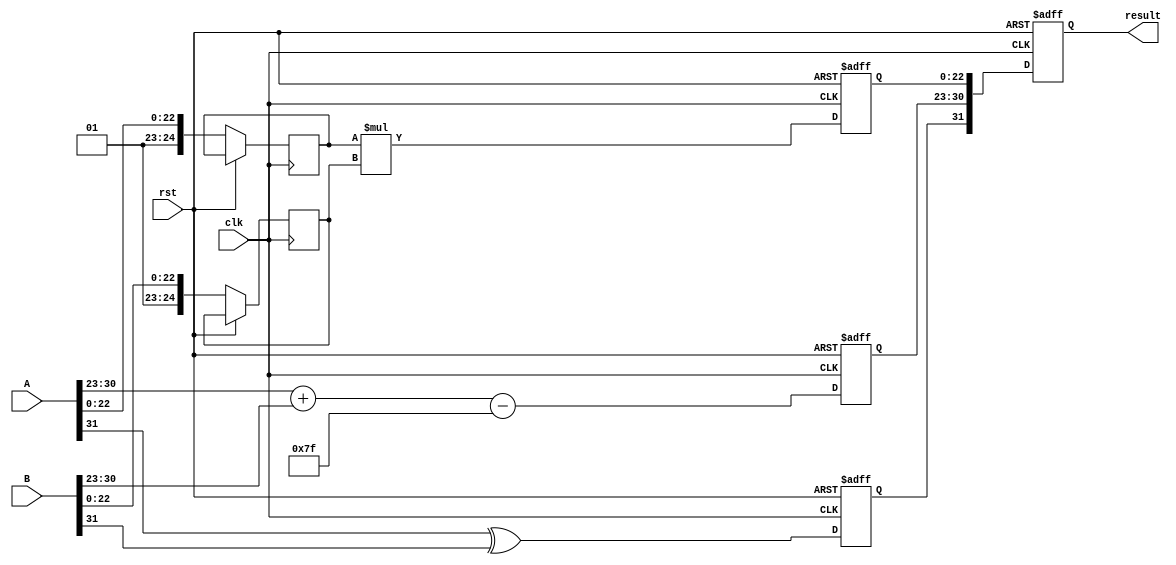
module radix4_fp_multiplier #(
    parameter E = 8, // Exponent bits
    parameter M = 23, // Mantissa bits
    parameter BIAS = 127 // Bias for single precision
)(
    input wire clk,
    input wire rst,
    input wire [E + M + 1 - 1:0] A, // A: sign, exponent, mantissa
    input wire [E + M + 1 - 1:0] B, // B: sign, exponent, mantissa
    output reg [E + M + 1 - 1:0] result // result: sign, exponent, mantissa
);

    // Decomposing inputs
    wire sign_A = A[E + M]; // Sign bit of A
    wire [E - 1:0] exponent_A = A[E + M - 1:E + M - E]; // Exponent of A
    wire [M - 1:0] mantissa_A = A[M - 1:0]; // Mantissa of A

    wire sign_B = B[E + M]; // Sign bit of B
    wire [E - 1:0] exponent_B = B[E + M - 1:E + M - E]; // Exponent of B
    wire [M - 1:0] mantissa_B = B[M - 1:0]; // Mantissa of B

    // Intermediate wires
    reg sign_result;
    reg [E - 1:0] exponent_result;
    reg [2 * M:0] mantissa_result; // 2*M for potential overflow

    // Sign Calculation
    always @(posedge clk or posedge rst) begin
        if (rst) begin
            sign_result <= 0;
        end else begin
            sign_result <= sign_A ^ sign_B;
        end
    end

    // Exponent Calculation
    always @(posedge clk or posedge rst) begin
        if (rst) begin
            exponent_result <= 0;
        end else begin
            exponent_result <= (exponent_A + exponent_B) - BIAS;
        end
    end

    // Mantissa Calculation using Radix-4
    reg [M + 1:0] mantissa_A_ext; // Extend mantissa_A for normalization
    reg [M + 1:0] mantissa_B_ext; // Extend mantissa_B for normalization

    always @(posedge clk or posedge rst) begin
        if (rst) begin
            mantissa_result <= 0;
        end else begin
            // Extend mantissas and align them for multiplication
            mantissa_A_ext <= {1'b1, mantissa_A}; // Implicit leading 1
            mantissa_B_ext <= {1'b1, mantissa_B}; // Implicit leading 1
            
            // Radix-4 multiplication logic
            // Example: Process two bits of mantissa_B at a time
            // This is a placeholder for the actual Radix-4 multiplication logic
            // Need to implement Booth's algorithm and partial product generation

            // For simplicity, we will just multiply directly for now
            mantissa_result <= mantissa_A_ext * mantissa_B_ext;
        end
    end

    // Final result assembly
    always @(posedge clk or posedge rst) begin
        if (rst) begin
            result <= 0;
        end else begin
            // Normalize mantissa_result if necessary
            // Adjust exponent_result accordingly
            // This is a placeholder for normalization and rounding logic
            
            result <= {sign_result, exponent_result, mantissa_result[M-1:0]}; // Truncate/round mantissa if needed
        end
    end

endmodule